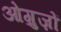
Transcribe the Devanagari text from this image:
ओग़ुज़ों